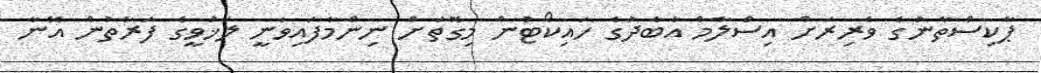
ޕާކިސްތާނުގެ ވެރިރަށް އިސްލާމް އާބާދުގެ ހައިކޯޓުން މިގޮތަށް ނިންމާފައިވަނީ ލަޚުވީގެ ފަރާތުން އޭނާ